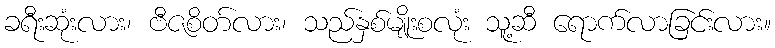
ခရီးဆုံးလား၊ ဗီဇစိတ်လား၊ သည်နှစ်မျိုးစလုံး သူ့ဆီ ရောက်လာခြင်းလား။